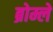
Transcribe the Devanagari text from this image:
ब्रोम्ले